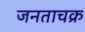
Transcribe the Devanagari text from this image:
जनताचक्र